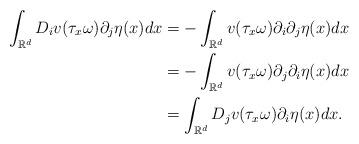
LaTeX: \begin{align*}\int _{\mathbb{R}^d}D_iv(\tau _x \omega)\partial _j\eta(x) dx &= -\int _{\mathbb{R}^d}v(\tau _x \omega)\partial _i\partial _j \eta (x)dx \\&= -\int _{\mathbb{R}^d}v(\tau _x \omega)\partial _j\partial _i \eta (x)dx \\&= \int _{\mathbb{R}^d}D_jv(\tau _x \omega)\partial _i \eta (x)dx.\end{align*}